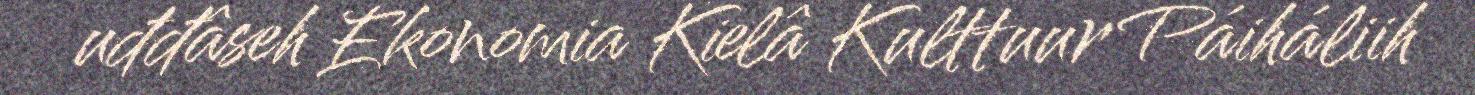
uđđâseh Ekonomia Kielâ Kulttuur Páiháliih